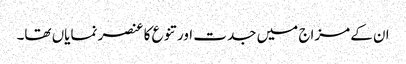
ان کے مزاج میں جدت اور تنوع کا عنصر نمایاں تھا۔